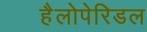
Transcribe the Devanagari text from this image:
हैलोपेरिडल